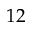
1 2